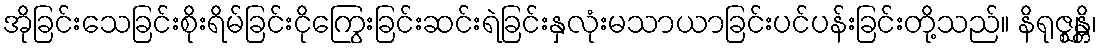
အိုခြင်းသေခြင်းစိုးရိမ်ခြင်းငိုကြွေးခြင်းဆင်းရဲခြင်းနှလုံးမသာယာခြင်းပင်ပန်းခြင်းတို့သည်။ နိရုဇ္ဈန္တိ၊